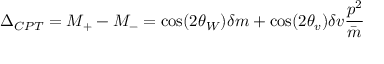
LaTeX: \Delta _ { C P T } = M _ { + } - M _ { - } = \cos ( 2 \theta _ { W } ) \delta m + \cos ( 2 \theta _ { v } ) \delta v \frac { p ^ { 2 } } { \bar { m } }